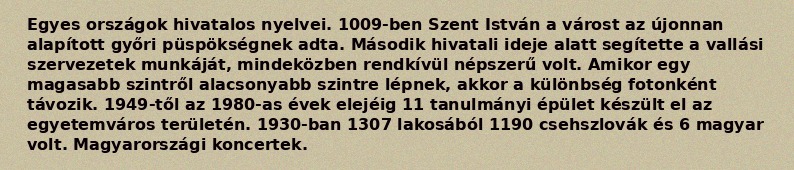
Egyes országok hivatalos nyelvei. 1009-ben Szent István a várost az újonnan alapított győri püspökségnek adta. Második hivatali ideje alatt segítette a vallási szervezetek munkáját, mindeközben rendkívül népszerű volt. Amikor egy magasabb szintről alacsonyabb szintre lépnek, akkor a különbség fotonként távozik. 1949-től az 1980-as évek elejéig 11 tanulmányi épület készült el az egyetemváros területén. 1930-ban 1307 lakosából 1190 csehszlovák és 6 magyar volt. Magyarországi koncertek.